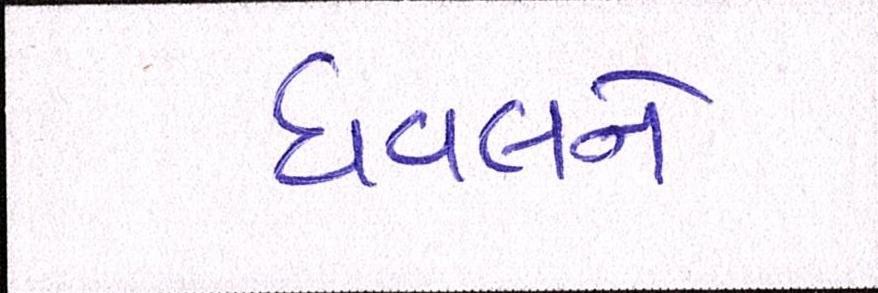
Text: ધવલને